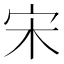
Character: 宋